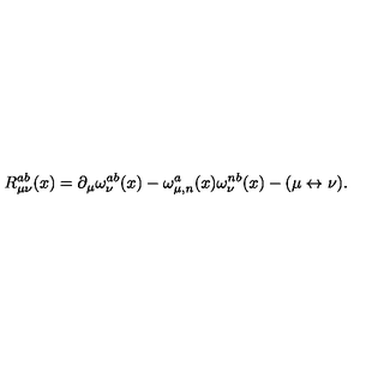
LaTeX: R _ { \mu \nu } ^ { a b } ( x ) = \partial _ { \mu } \omega _ { \nu } ^ { a b } ( x ) - \omega _ { \mu , n } ^ { a } ( x ) \omega _ { \nu } ^ { n b } ( x ) - ( \mu \leftrightarrow \nu ) .